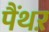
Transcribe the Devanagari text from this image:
पैंथऱ